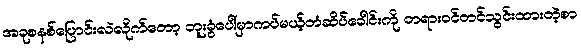
အခုစနစ်ပြောင်းလဲလိုက်တော့ ဘူးခွံပေါ်မှာကပ်မယ့်တံဆိပ်ခေါင်းကို တရားဝင်တင်သွင်းထားတဲ့စာ